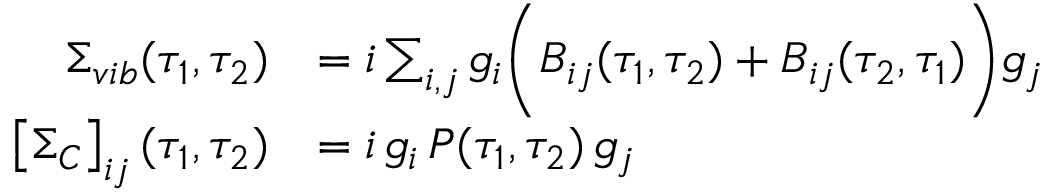
\begin{array} { r l } { \Sigma _ { v i b } ( \tau _ { 1 } , \tau _ { 2 } ) } & { = i \sum _ { i , j } g _ { i } \bigg ( B _ { i j } ( \tau _ { 1 } , \tau _ { 2 } ) + B _ { i j } ( \tau _ { 2 } , \tau _ { 1 } ) \bigg ) g _ { j } } \\ { \left[ \Sigma _ { C } \right] _ { i j } ( \tau _ { 1 } , \tau _ { 2 } ) } & { = i \, g _ { i } \, P ( \tau _ { 1 } , \tau _ { 2 } ) \, g _ { j } } \end{array}